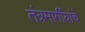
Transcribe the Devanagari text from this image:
तंत्रमार्गीयांचे